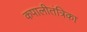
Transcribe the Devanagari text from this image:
कपालीतंत्रिका